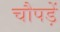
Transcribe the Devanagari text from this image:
चौपड़ें